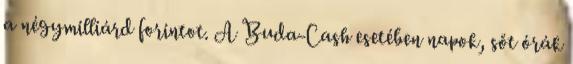
a négymilliárd forintot. A Buda-Cash esetében napok, sőt órák